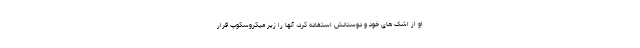
او از اشک های خود و دوستانش استفاده کرد، آنها را زیر میکروسکوپ قرار